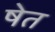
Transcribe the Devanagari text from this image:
षेत